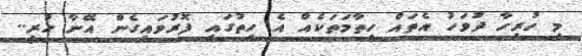
މި ހުރިހާ ދުވަހު އެތައް ހިތާމަތަކެއް އެ ހިތުގައި ފޮރުވައިގެން އޭނާ ހުރީ..